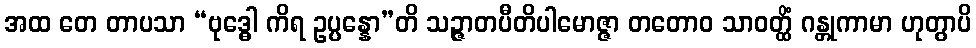
အထ တေ တာပသာ “ဗုဒ္ဓေါ ကိရ ဥပ္ပန္နော”တိ သဉ္ဇာတပီတိပါမောဇ္ဇာ တတောဝ သာဝတ္ထိံ ဂန္တုကာမာ ဟုတွာပိ